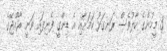
3 މީހުންގެ ހާލުވެސް ރަނގަޅު ކަމަށާއި އެ ޑިންގީ ފެނިފައި ވަނީ ރާއްޖޭގެ